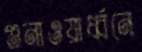
গুনাওয়ার্ধ্বনে